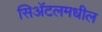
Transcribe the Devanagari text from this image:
सिअॅटलमधील